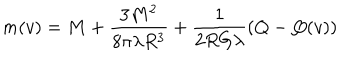
LaTeX: m ( v ) = M + \frac { 3 M ^ { 2 } } { 8 \pi \lambda R ^ { 3 } } + \frac { 1 } { 2 R G \lambda } \left( Q - Q ( v ) \right)